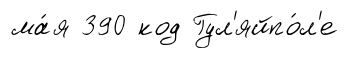
ма́я 390 код Гул'яйпо́л'е